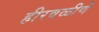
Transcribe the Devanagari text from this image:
हीरवळीणे